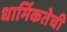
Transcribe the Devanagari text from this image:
धार्मिकतेची